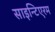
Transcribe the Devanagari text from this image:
साइन्टिएरम